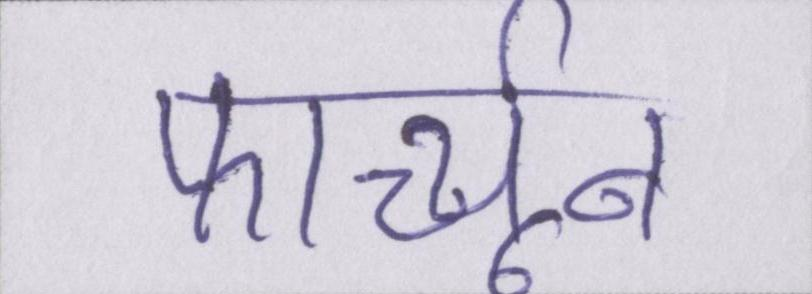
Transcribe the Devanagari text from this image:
फार्च्यून